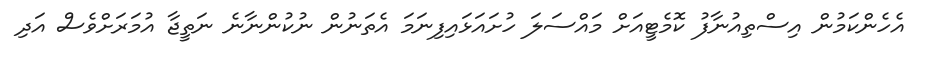
އެހެންކަމުން އިސްތިއުނާފު ކޮމެޓީއަށް މައްސަލަ ހުށައަޅައިފިނަމަ އެތަނުން ނުކުންނާނެ ނަތީޖާ އުމަރަށްވެސް އަދި